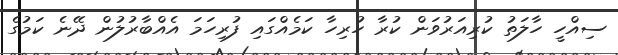
ސިއްހީ ހާލަތު ކުރިއަރުވަން ކުރާ ހުރިހާ ކަމެއްގައި ފުރިހަމަ އެއްބާރުލުން ދޭނެ ކަމުގެ